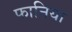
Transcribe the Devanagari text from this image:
फानिया